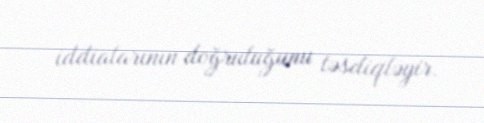
iddialarının doğruluğunu təsdiqləyir.